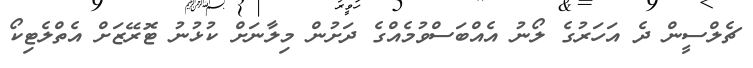
ޗެލްސީން ދެ އަހަރުގެ ލޯނު އެއްބަސްވުމެއްގެ ދަށުން މިލާނަށް ކުޅުނު ޓޮރޭޒަށް އެތްލެޓިކޯ